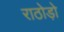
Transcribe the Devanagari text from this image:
राठोड़ो